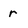
Character: r